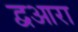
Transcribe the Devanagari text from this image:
द्वआरा